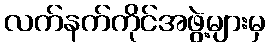
လက်နက်ကိုင်အဖွဲ့များမှ